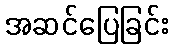
အဆင်ပြေခြင်း